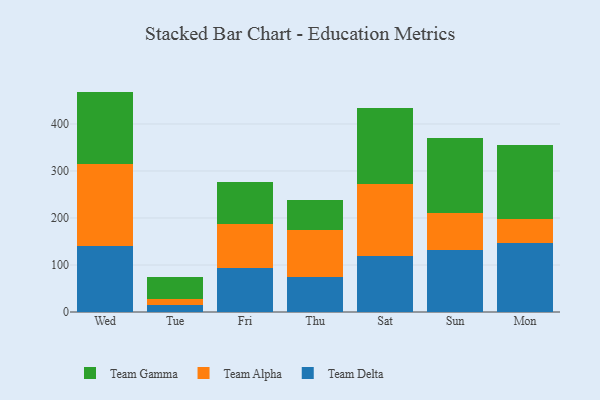
{"axis": {"x": "Day", "y": "Net Income (USD K)"}, "legend": ["Team Alpha", "Team Delta", "Team Gamma"], "data": [{"x": "Wed", "y": 140.1, "type": "Team Delta"}, {"x": "Wed", "y": 175.8, "type": "Team Alpha"}, {"x": "Wed", "y": 153.0, "type": "Team Gamma"}, {"x": "Tue", "y": 14.2, "type": "Team Delta"}, {"x": "Tue", "y": 13.7, "type": "Team Alpha"}, {"x": "Tue", "y": 47.2, "type": "Team Gamma"}, {"x": "Fri", "y": 92.6, "type": "Team Delta"}, {"x": "Fri", "y": 95.2, "type": "Team Alpha"}, {"x": "Fri", "y": 87.8, "type": "Team Gamma"}, {"x": "Thu", "y": 75.1, "type": "Team Delta"}, {"x": "Thu", "y": 99.6, "type": "Team Alpha"}, {"x": "Thu", "y": 64.6, "type": "Team Gamma"}, {"x": "Sat", "y": 118.7, "type": "Team Delta"}, {"x": "Sat", "y": 153.6, "type": "Team Alpha"}, {"x": "Sat", "y": 162.3, "type": "Team Gamma"}, {"x": "Sun", "y": 132.8, "type": "Team Delta"}, {"x": "Sun", "y": 78.6, "type": "Team Alpha"}, {"x": "Sun", "y": 158.5, "type": "Team Gamma"}, {"x": "Mon", "y": 146.0, "type": "Team Delta"}, {"x": "Mon", "y": 52.0, "type": "Team Alpha"}, {"x": "Mon", "y": 156.4, "type": "Team Gamma"}]}